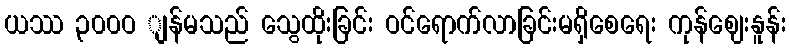
ယဿ ၃၀၀ဝ ျန်မသည် သွေထိုးခြင်း ဝင်ရောက်လာခြင်းမရှိစေရေး ကုန်ဈေးနူန်း